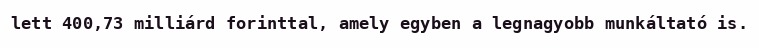
lett 400,73 milliárd forinttal, amely egyben a legnagyobb munkáltató is.